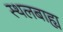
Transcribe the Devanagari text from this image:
स्थलबाह्य